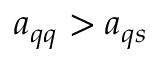
a _ { q q } > a _ { q s }